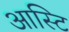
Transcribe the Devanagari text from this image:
आस्टि